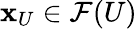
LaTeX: \mathbf{x}_{U}\in{\mathcal{{F}}}(U)